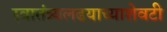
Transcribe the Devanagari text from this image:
स्वातंत्र्यलढयाच्याशेवटी